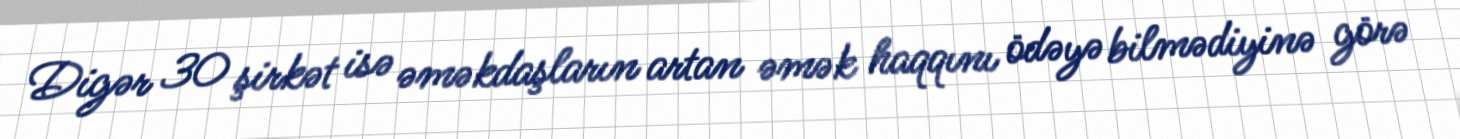
Digər 30 şirkət isə əməkdaşların artan əmək haqqını ödəyə bilmədiyinə görə